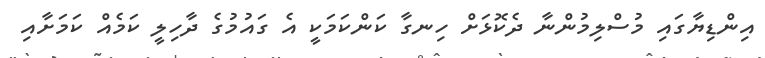
އިންޑިޔާގައި މުސްލިމުންނާ ދެކޮޅަށް ހިނގާ ކަންކަމަކީ އެ ގައުމުގެ ދާހިލީ ކަމެއް ކަމަށާއި